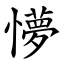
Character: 懜